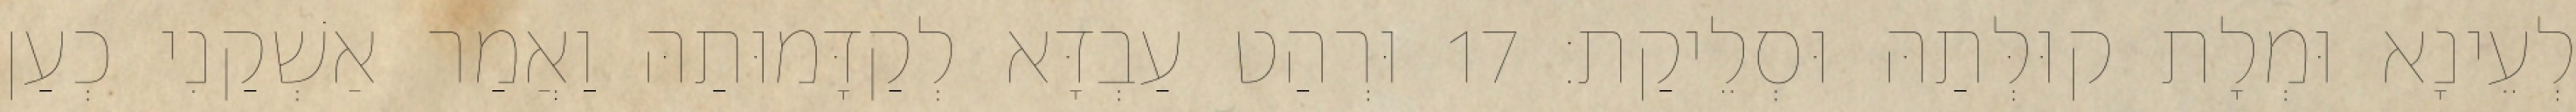
לְעֵינָא וּמְלָת קוּלְּתַהּ וּסְלֵיקַת׃ 17 וּרְהַט עַבְדָּא לְקַדָּמוּתַהּ וַאֲמַר אַשְׁקַנִי כְעַן